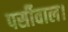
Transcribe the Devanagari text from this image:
पर्सीवाल।